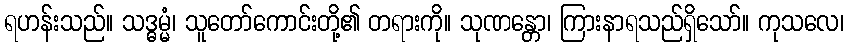
ရဟန်းသည်။ သဒ္ဓမ္မံ၊ သူတော်ကောင်းတို့၏ တရားကို။ သုဏန္တော၊ ကြားနာရသည်ရှိသော်။ ကုသလေ၊